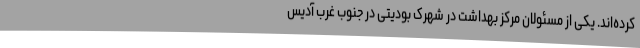
کرده‌اند. یکی از مسئولان مرکز بهداشت در شهرک بودیتی در جنوب غرب آدیس